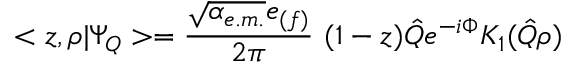
< z , \rho | \Psi _ { Q } > = \frac { \sqrt { \alpha _ { e . m . } } e _ { ( f ) } } { 2 \pi } \ ( 1 - z ) \hat { Q } e ^ { - i \Phi } K _ { 1 } ( \hat { Q } \rho )